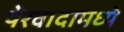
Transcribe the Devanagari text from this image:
थेरवादामध्ये